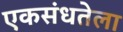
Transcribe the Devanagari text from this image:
एकसंधतेला